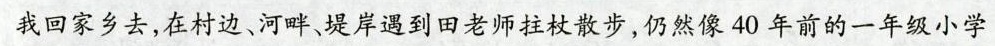
我回家乡去，在村边、河畔、堤岸遇到田老师拄杖散步，仍然像40年前的一年级小学